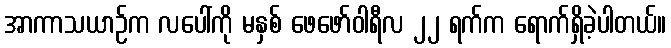
အာကာသယာဉ်က လပေါ်ကို မနှစ် ဖေဖော်ဝါရီလ ၂၂ ရက်က ရောက်ရှိခဲ့ပါတယ်။